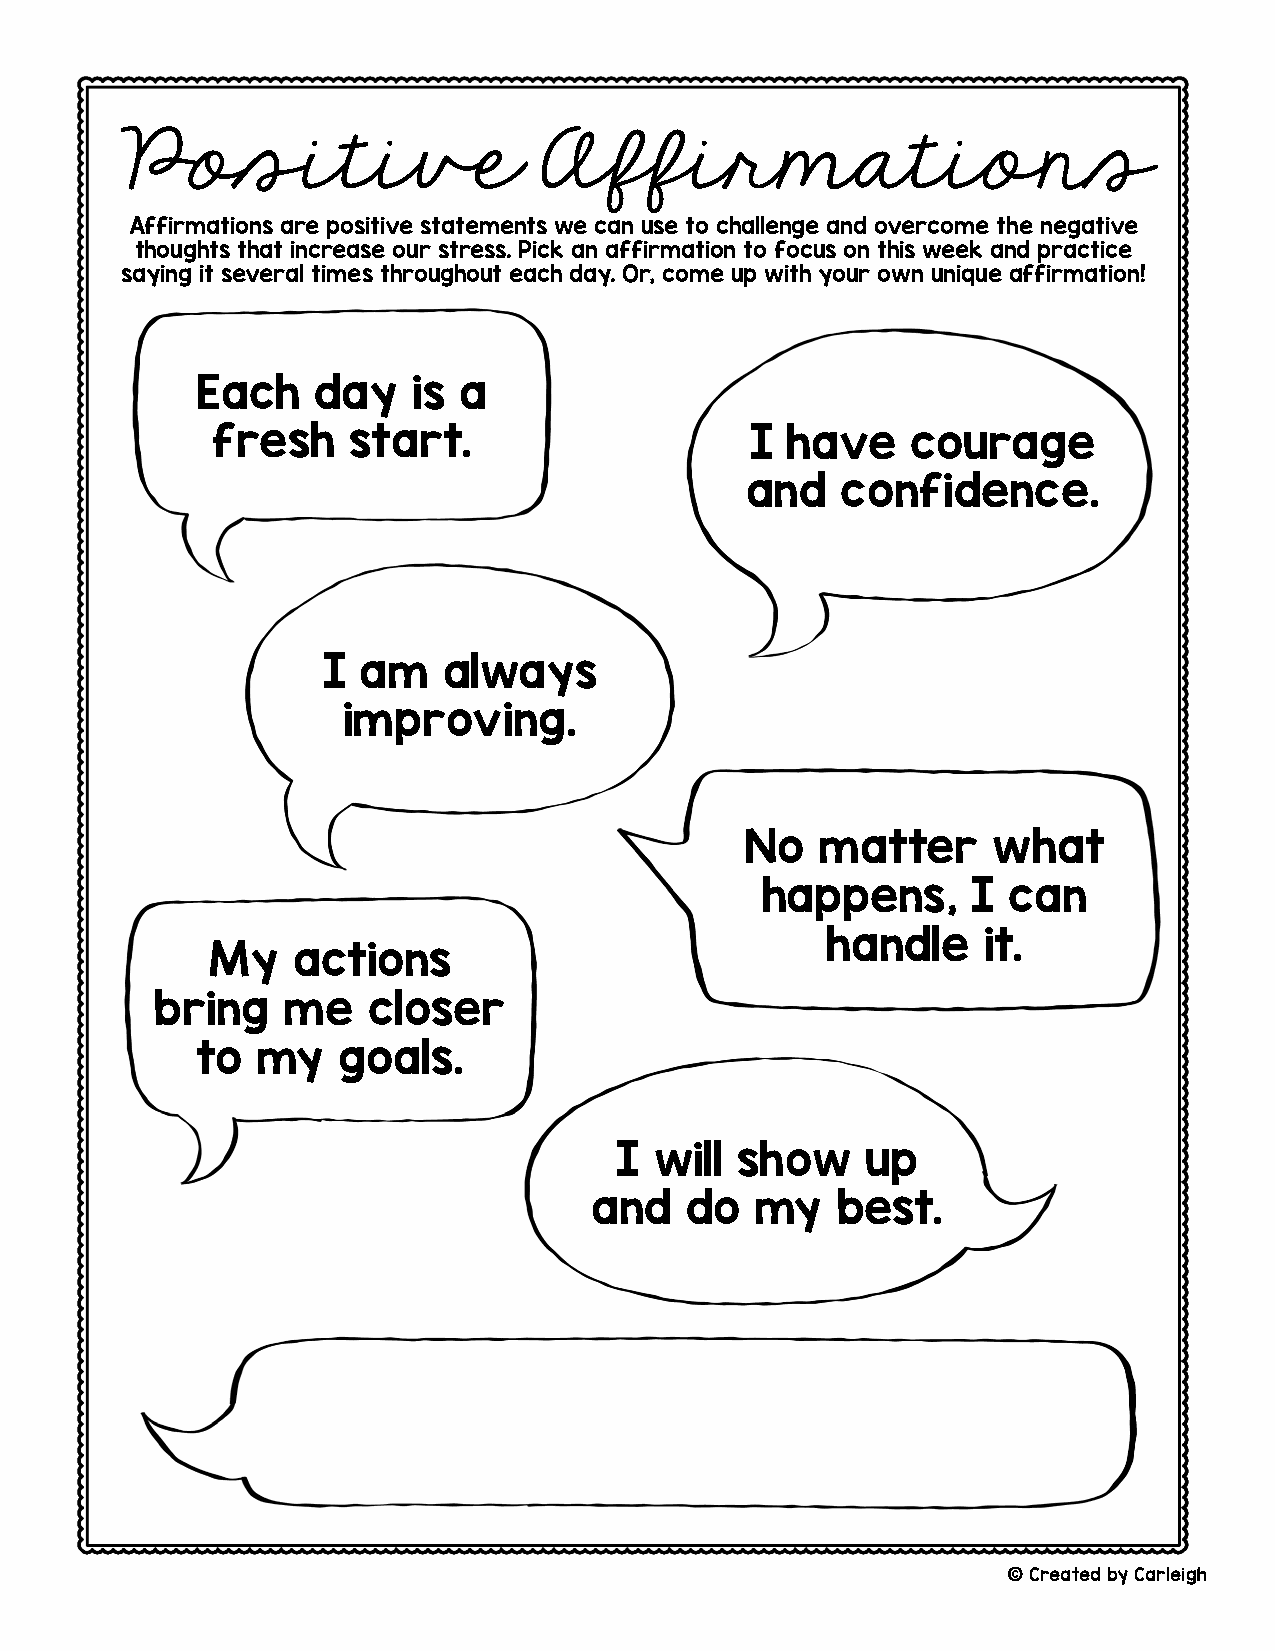
Positive                    Affirmations
 Affirmations are positive statements we can use to challenge and overcome the negative
 thoughts that increase our stress. Pick an affirmation to focus on this week and practice
 saying it several times throughout each day. Or, come up with your own unique affirmation!
 Each    day   is a
 fresh    start.                     I have    courage
 and    confidence.
 I  am   always
 improving.
 No   matter      what
 happens,      I  can
 handle    it.
 My   actions
 bring    me   closer
 to  my   goals.
 I will  show    up
 and   do   my   best.
 ©Created by Carleigh